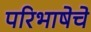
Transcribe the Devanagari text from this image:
परिभाषेचे